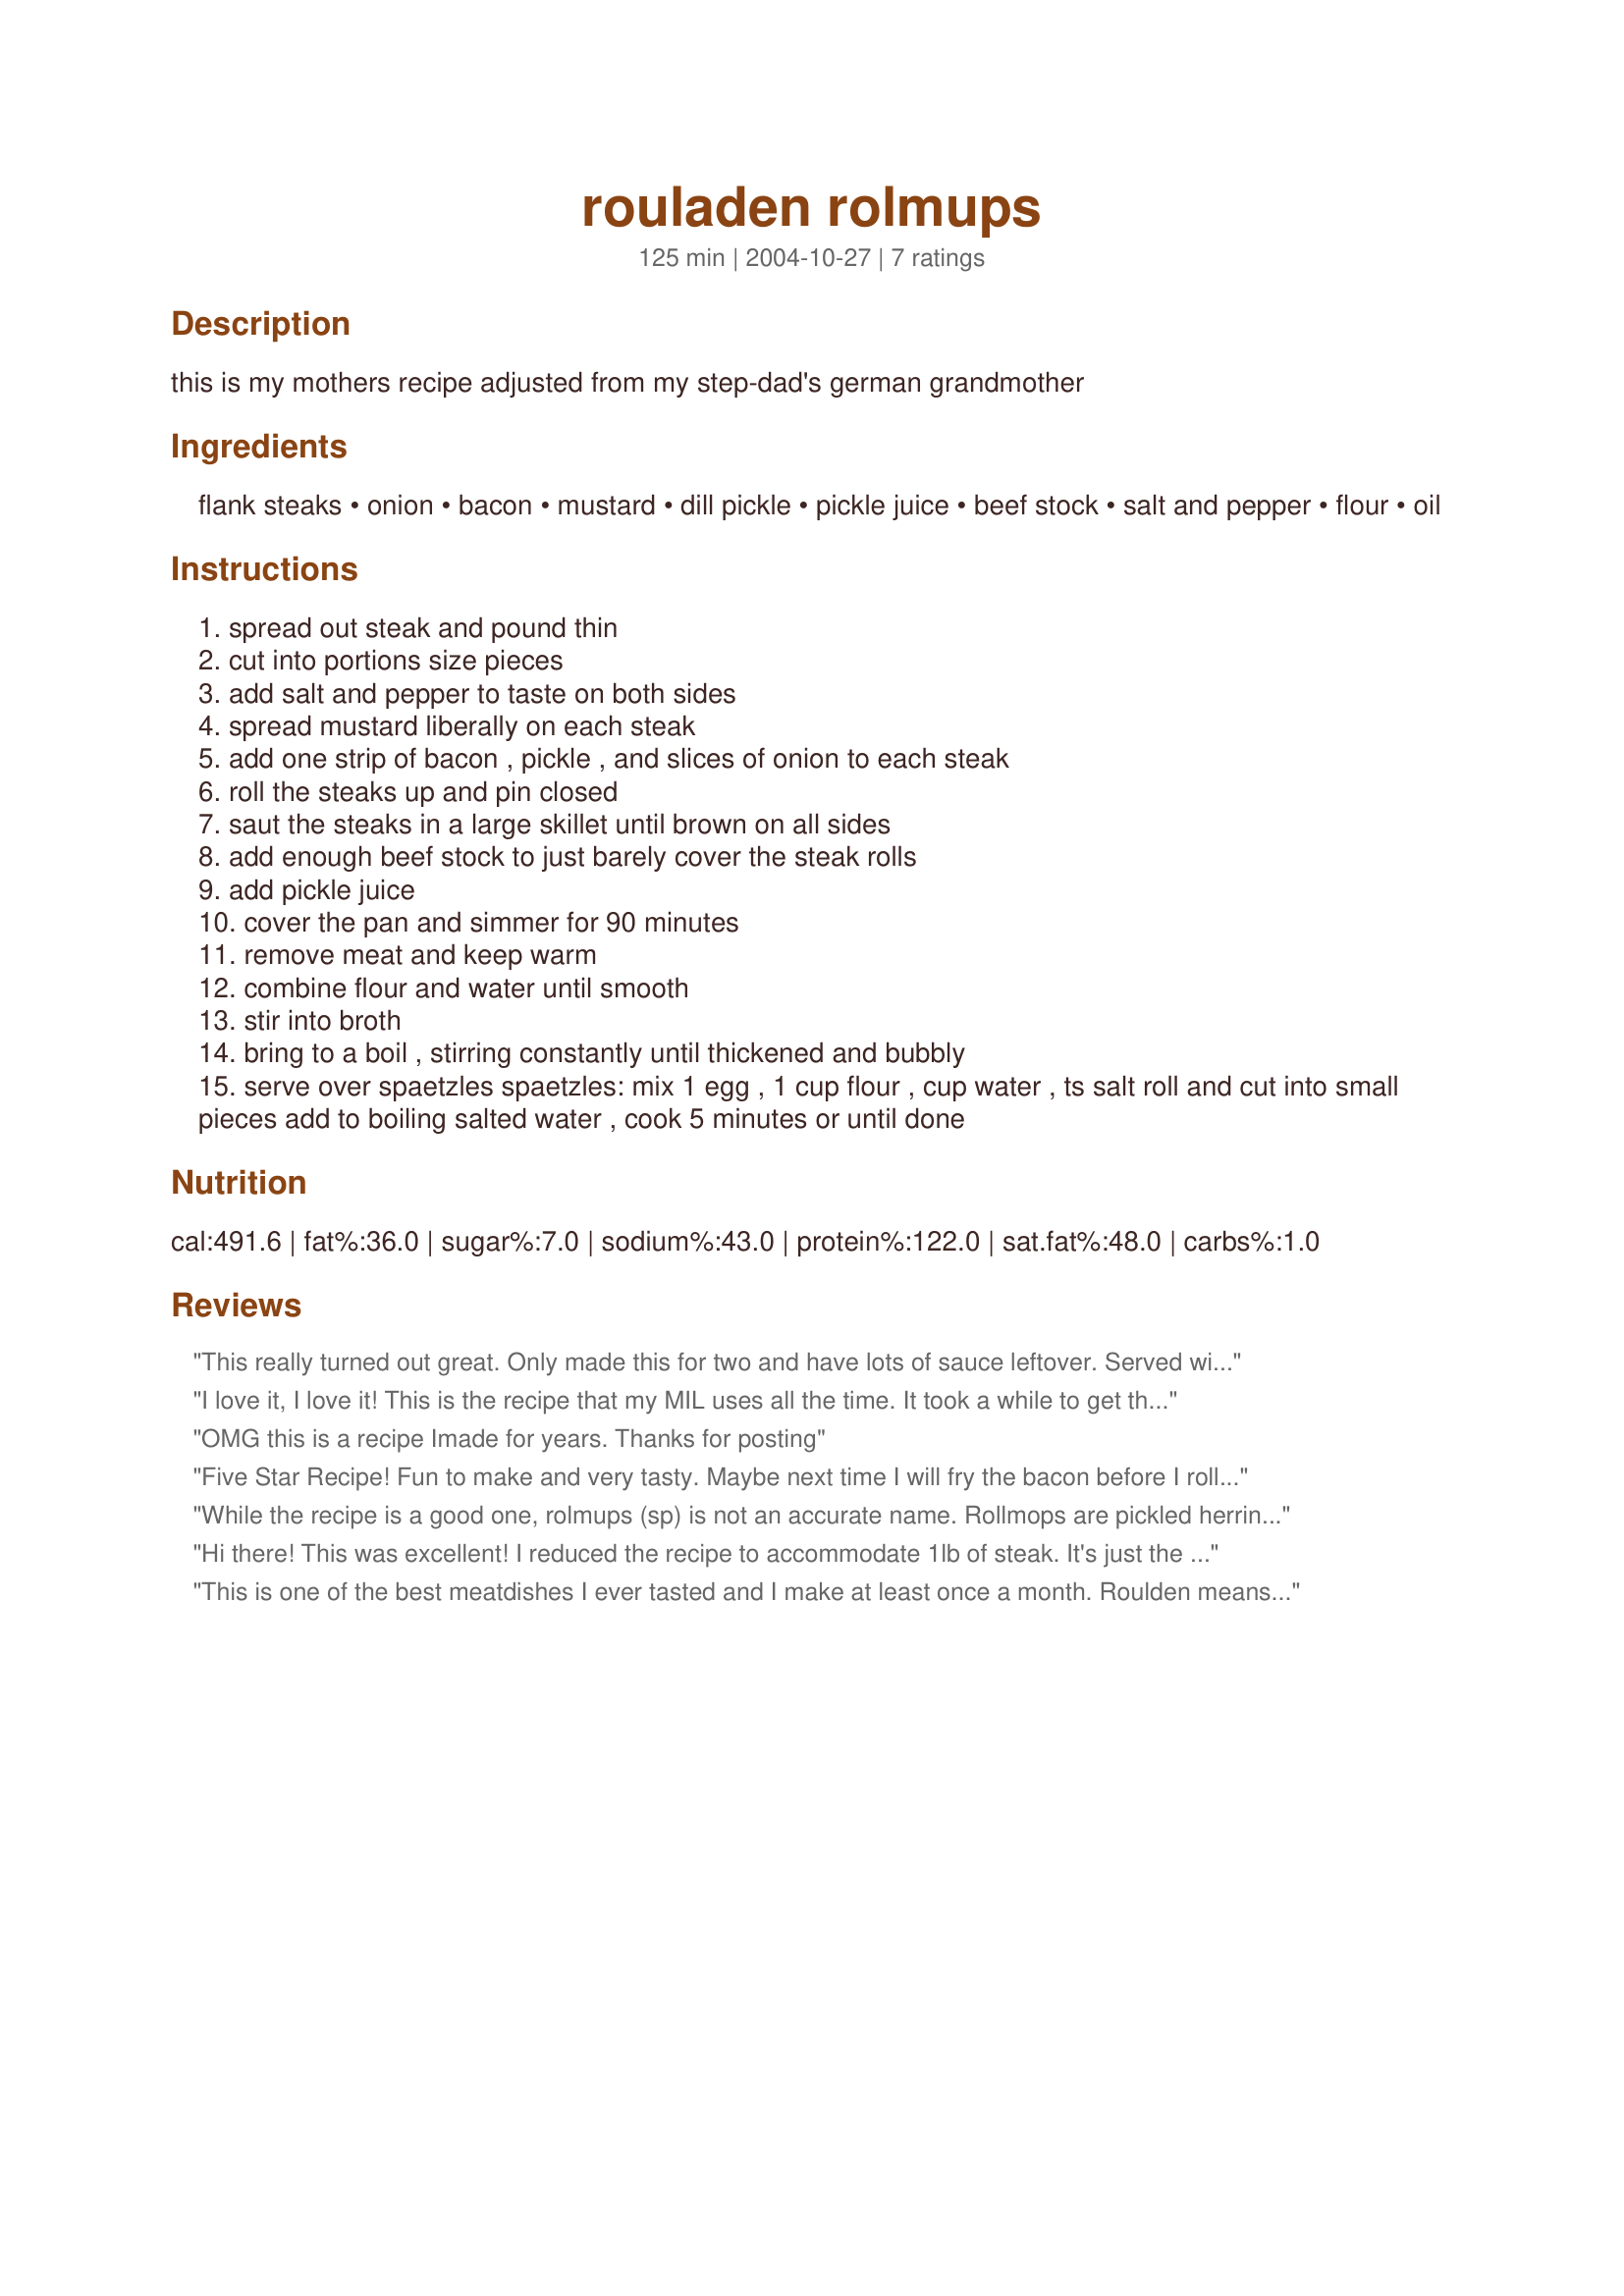
rouladen rolmups
Preparation time: 125 minutes

this is my mothers recipe adjusted from my step-dad's german grandmother

Ingredients:
flank steaks, onion, bacon, mustard, dill pickle, pickle juice, beef stock, salt and pepper, flour, oil

Steps:
spread out steak and pound thin
cut into portions size pieces
add salt and pepper to taste on both sides
spread mustard liberally on each steak
add one strip of bacon , pickle , and slices of onion to each steak
roll the steaks up and pin closed
saut the steaks in a large skillet until brown on all sides
add enough beef stock to just barely cover the steak rolls
add pickle juice
cover the pan and simmer for 90 minutes
remove meat and keep warm
combine flour and water until smooth
stir into broth
bring to a boil , stirring constantly until thickened and bubbly
serve over spaetzles spaetzles: mix 1 egg , 1 cup flour , cup water , ts salt roll and cut into small pieces add to boiling salted water , cook 5 minutes or until done

Reviews:
This really turned out great. Only made this for two and have lots of sauce leftover. Served with green onion spaetzle. DH was later getting home so mine cooked about 2 hrs. Still so tender and nice.
I love it, I love it! This is the recipe that my MIL uses all the time. It took a while to get the measurements from her. She's a little of this and a handfull of that type of person. I make this all the time for DH. I have not tried it with the pickle juice but will next time. Goes great with spaetzle and red cabbage. Being married to a German I do find alot of their food on the bland side. This is not one of them.
OMG this is a recipe Imade for years. Thanks for posting
Five Star Recipe!
Fun to make and very tasty.

Maybe next time I will fry the bacon before I roll it up. And then use the bacon fat to saute` the steaks.

We enjoyed ours with 'store bought' noodles.
I can hardly wait to try the Spaetzleâ€™s. Never had Spaetzle's!
While the recipe is a good one, rolmups (sp) is not an accurate name. Rollmops are pickled herring rolled up with onion and pickles. These (Rollmops) can be made either at home or can be store bought in a jar.
Hi there! This was excellent! I reduced the recipe to accommodate 1lb of steak. It's just the two of us, and that was plenty. I served a herb noodle dish and buttered corn with this and also some leftover cornbread. Thank you for the very satisfying meal! :)
This is one of the best meatdishes I ever tasted and I make at least once a month. 
Roulden means beef rolls.(Rollmops are herring rolls).
